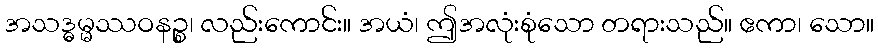
အသဒ္ဓမ္မဿဝနဉ္စ၊ လည်းကောင်း။ အယံ၊ ဤအလုံးစုံသော တရားသည်။ ဧကာ၊ သော။